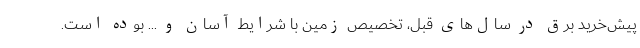
پیش‌خرید برق در سال‌های قبل، تخصیص زمین با شرایط آسان و ... بوده است.